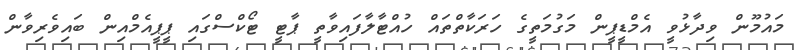
މައުމޫން ވިދާޅުވީ އެމްޑީޕީން މަގުމަތީގެ ހަރަކާތްތައް ހުއްޓާލާފައިވާތީ ޕާޓީ ޓޯކްސްގައި ޕީޕީއެމްއިން ބައިވެރިވާން